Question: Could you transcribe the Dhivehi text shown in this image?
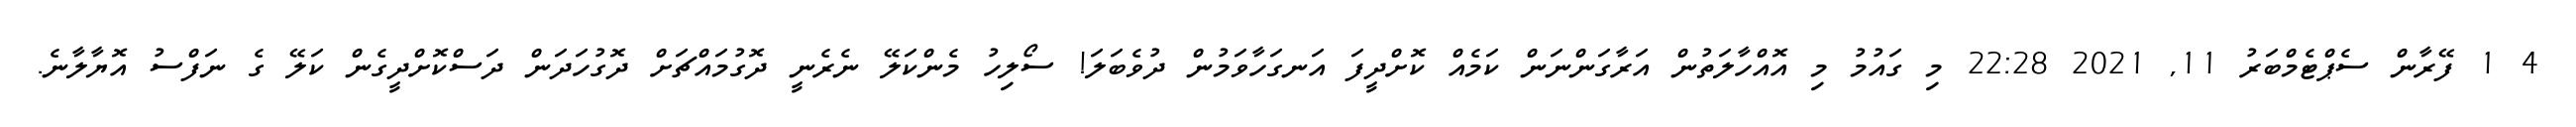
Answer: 4 1 ފޭރާން ސެޕްޓެމްބަރު 11, 2021 22:28 މި ގައުމު މި އޮއްހާލަތުން އަރާގަންނަން ކަމެއް ކޮށްދީފަ އަނގަހާވަމުން ދުވެބަލަ! ސޯލިހު މެންކަލޭ ނެރެނީ ދޮގުމައްޗަށް ދޮގުހަދަން ދަސްކޮށްދީގެން ކަލޭ ގެ ނަފްސު އޮޔާލާނެ.